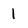
Character: 1